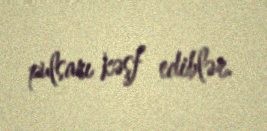
pulsarı kəşf ediblər.